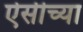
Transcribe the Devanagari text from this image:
ऐसीच्या